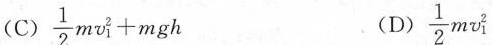
$$\frac { 1 } { 2 } m v _ { 1 } ^ { 2 } + m g h$$ (D)$$\frac { 1 } { 2 } m v _ { 1 } ^ { 2 }$$